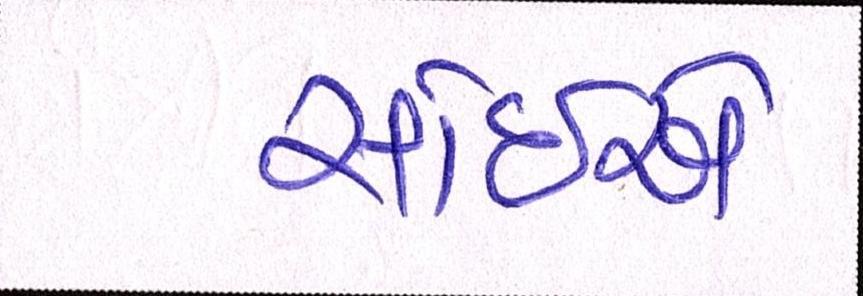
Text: સાંઈએ